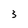
Character: 3